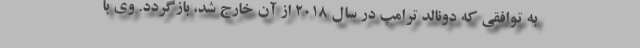
به توافقی که دونالد ترامپ در سال ۲۰۱۸ از آن خارج شد، بازگردد. وی با